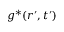
g ^ { \ast } ( \boldsymbol { r } ^ { \prime } , t ^ { \prime } )